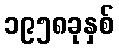
၁၉၅၈ခုနှစ်